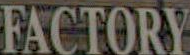
FACTORY